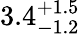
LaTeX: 3.4_{-1.2}^{+1.5}